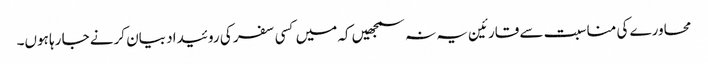
محاورے کی مناسبت سے قارئین یہ نہ سمجھیں کہ میں کسی سفر کی روئیداد بیان کرنے جا رہا ہوں۔